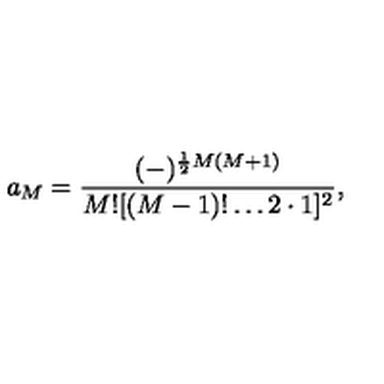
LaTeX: a _ { M } = { \frac { ( - ) ^ { { \frac { 1 } { 2 } } M ( M + 1 ) } } { M ! [ ( M - 1 ) ! \ldots 2 \cdot 1 ] ^ { 2 } } } ,